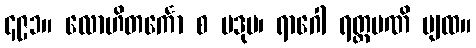
၄၉၁။ လောဟိတင်္ကော စ ပဒုမ၊ ရာဂေါ ရတ္တမဏိ ပျထ။